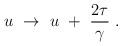
LaTeX: \begin{align*}u ~\to~ u ~+~ {2 \tau \over \gamma} \ .\end{align*}